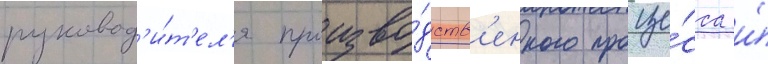
руковод'и́т'ел'я произво́дств'енного проце́сса и́